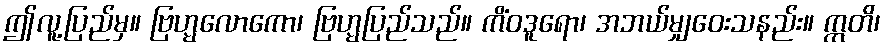
ဤလူ့ပြည်မှ။ ဗြဟ္မလောကော၊ ဗြဟ္မပြည်သည်။ ကိံဝဒူရော၊ အဘယ်မျှဝေးသနည်း။ ဣတိ၊